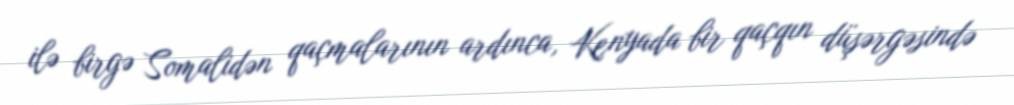
ilə birgə Somalidən qaçmalarının ardınca, Kenyada bir qaçqın düşərgəsində